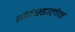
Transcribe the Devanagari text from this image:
सेटेस्डालेन